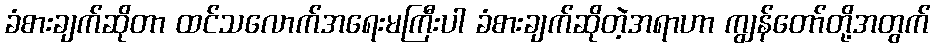
ခံစားချက်ဆိုတာ ထင်သလောက်အရေးမကြီးပါ ခံစားချက်ဆိုတဲ့အရာဟာ ကျွန်တော်တို့အတွက်